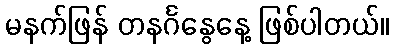
မနက်ဖြန် တနင်္ဂနွေနေ့ ဖြစ်ပါတယ်။